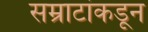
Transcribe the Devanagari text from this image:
सम्राटांकडून